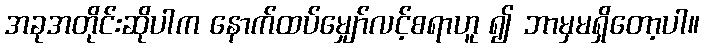
အခုအတိုင်းဆိုပါက နောက်ထပ်မျှော်လင့်စရာဟူ ၍ ဘာမှမရှိတော့ပါ။